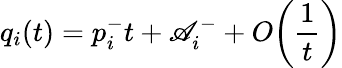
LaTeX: q_{i}(t)=p_{i}^{-}t+\mathscr{A}_{i}^{-}+O\biggl(\frac{{1}}{{t}}\biggr)